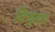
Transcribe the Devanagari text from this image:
विंचुदंश